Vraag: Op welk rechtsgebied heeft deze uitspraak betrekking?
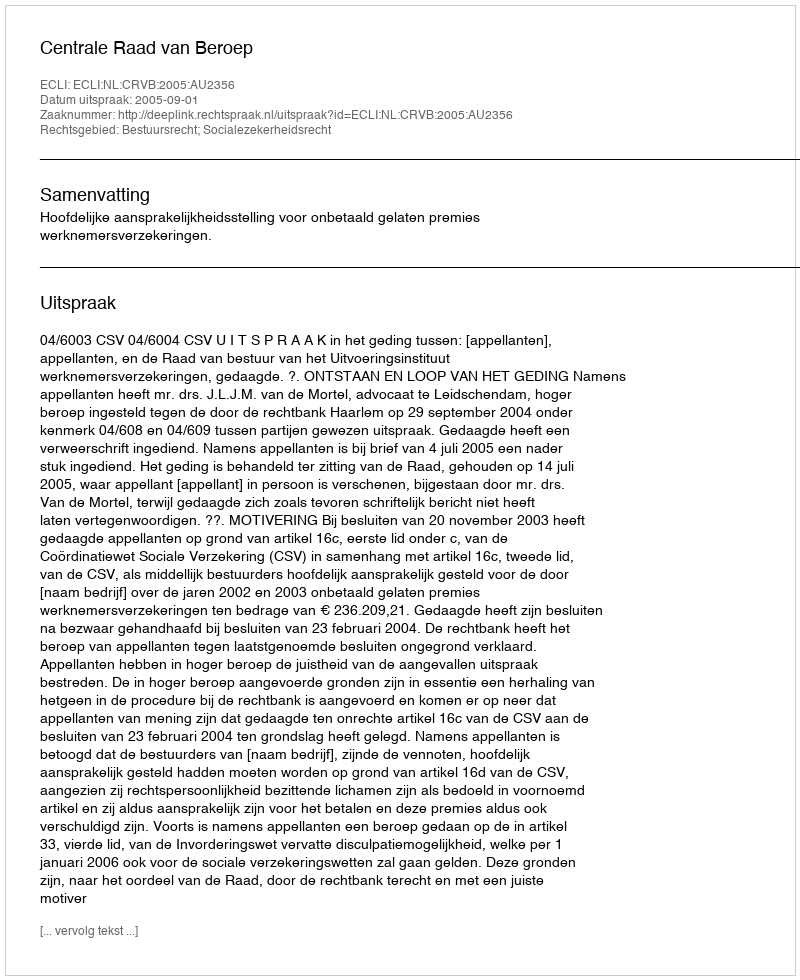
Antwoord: Bestuursrecht; Socialezekerheidsrecht